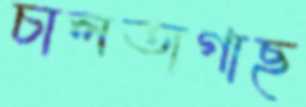
চালতাগাছ